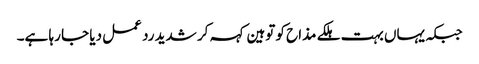
جبکہ یہاں بہت ہلکے مذاح کو توہین کہہ کر شدید رد عمل دیا جا رہا ہے۔